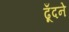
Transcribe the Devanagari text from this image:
ढूँदने